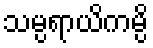
သမ္ပရာယိကမ္ပိ